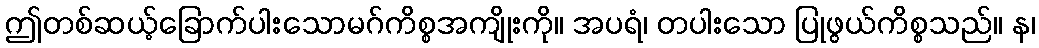
ဤတစ်ဆယ့်ခြောက်ပါးသောမဂ်ကိစ္စအကျိုးကို။ အပရံ၊ တပါးသော ပြုဖွယ်ကိစ္စသည်။ န၊